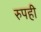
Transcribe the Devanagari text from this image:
रुपही